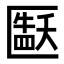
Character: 𫧘